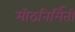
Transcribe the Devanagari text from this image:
मीठनिर्मिती